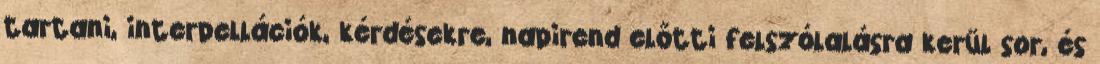
tartani, interpellációk, kérdésekre, napirend előtti felszólalásra kerül sor, és